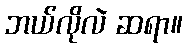
ဘယ်လိုလဲ ဆရာ။